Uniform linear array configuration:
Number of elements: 12
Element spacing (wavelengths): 0.25
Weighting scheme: exponential
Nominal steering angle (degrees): -15
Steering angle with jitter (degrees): -13.63
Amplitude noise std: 0.05
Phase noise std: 0.05

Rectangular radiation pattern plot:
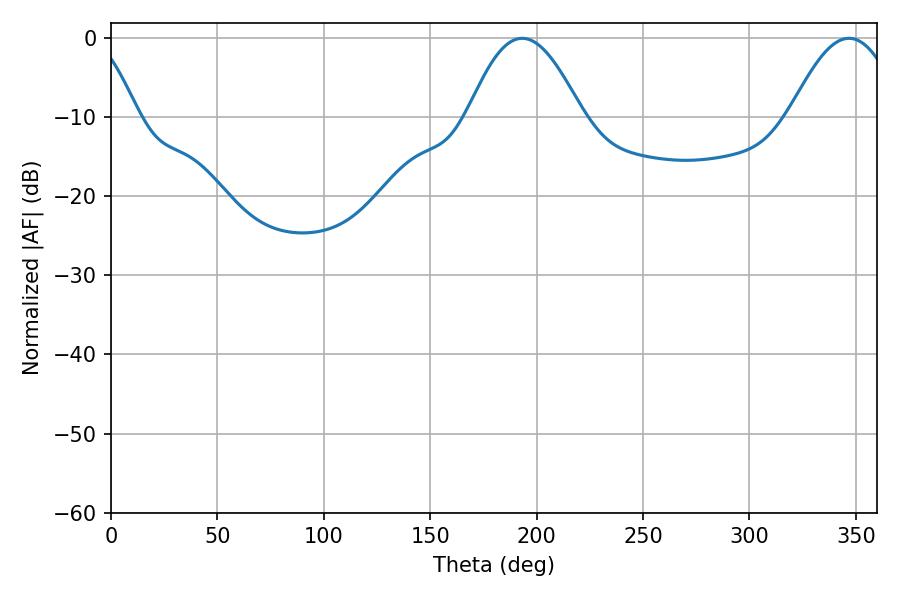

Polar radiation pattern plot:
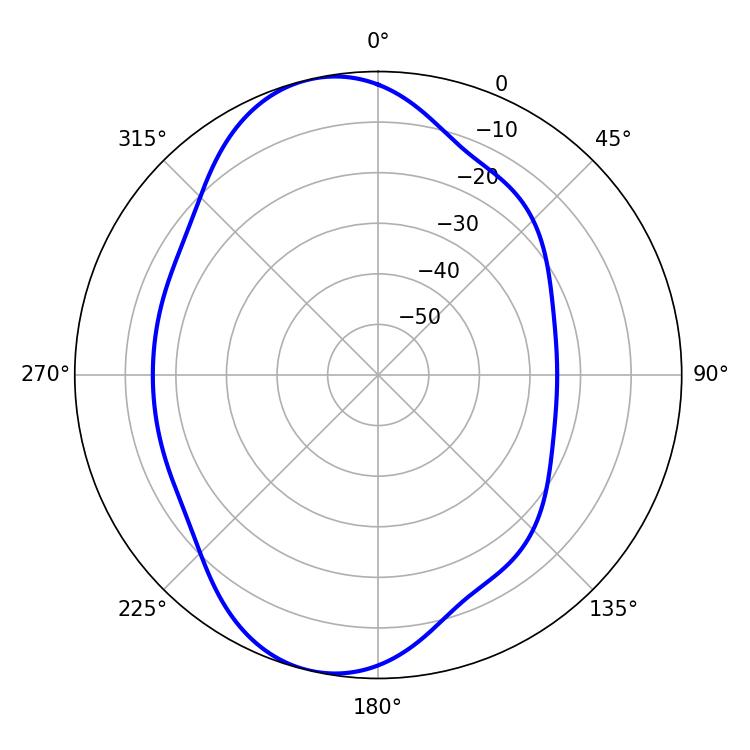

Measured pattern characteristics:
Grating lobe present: FALSE
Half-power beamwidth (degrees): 28.98
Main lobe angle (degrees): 193.14